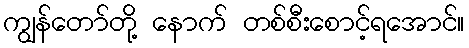
ကျွန်တော်တို့ နောက် တစ်စီးစောင့်ရအောင်။